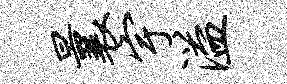
曩宇溢